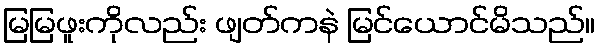
မြမြဖူးကိုလည်း ဖျတ်ကနဲ မြင်ယောင်မိသည်။